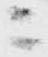
ニ